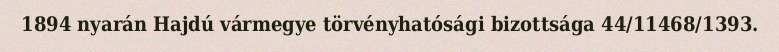
1894 nyarán Hajdú vármegye törvényhatósági bizottsága 44/11468/1393.